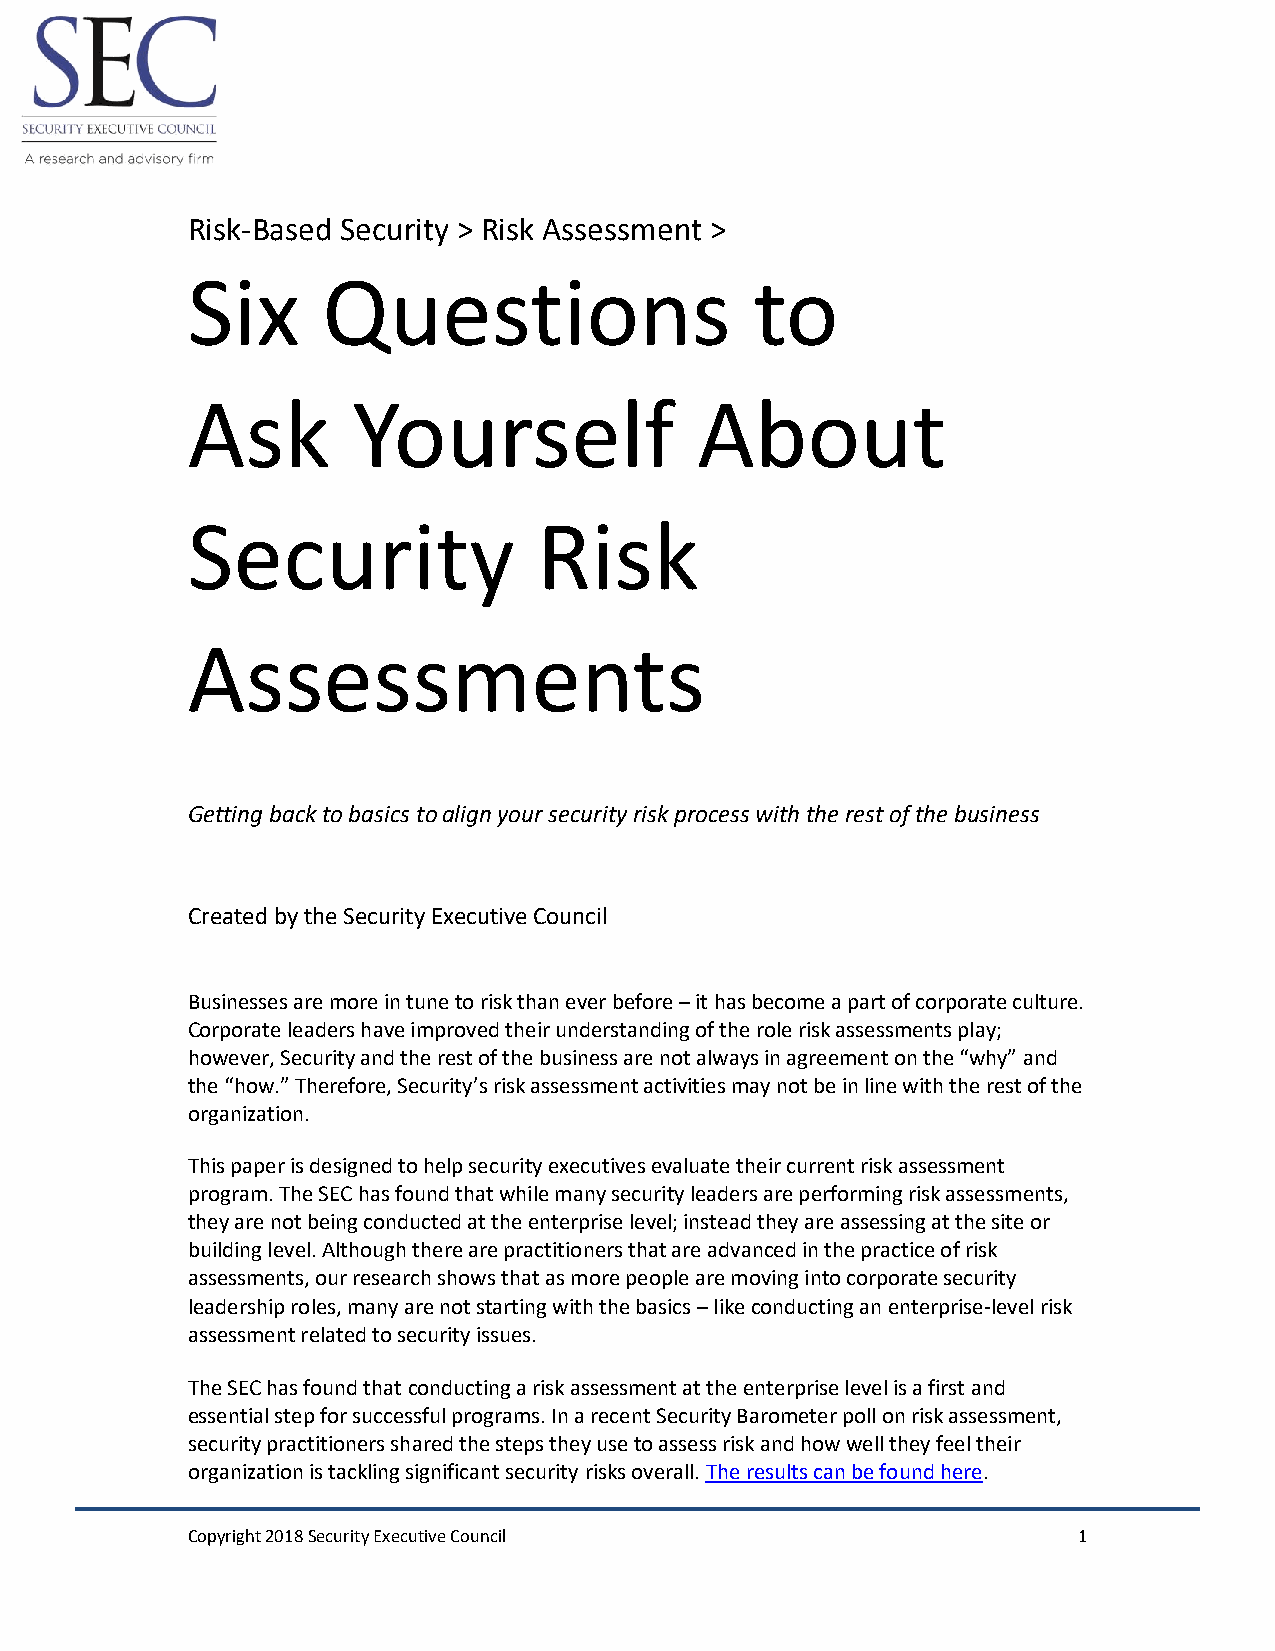
Risk-Based Security > Risk Assessment >
 Six      Questions                    to
 Ask        Yourself               About
 Security                Risk
 Assessments
 Getting back to basics to align your security risk process with the rest of the business
 Created by the Security Executive Council
 Businesses are more in tune to risk than ever before – it has become a part of corporate culture.
 Corporate leaders have improved their understanding of the role risk assessments play;
 however, Security and the rest of the business are not always in agreement on the “why” and
 the “how.” Therefore, Security’s risk assessment activities may not be in line with the rest of the
 organization.
 This paper is designed to help security executives evaluate their current risk assessment
 program. The SEC has found that while many security leaders are performing risk assessments,
 they are not being conducted at the enterprise level; instead they are assessing at the site or
 building level. Although there are practitioners that are advanced in the practice of risk
 assessments, our research shows that as more people are moving into corporate security
 leadership roles, many are not starting with the basics – like conducting an enterprise-level risk
 assessment related to security issues.
 The SEC has found that conducting a risk assessment at the enterprise level is a first and
 essential step for successful programs. In a recent Security Barometer poll on risk assessment,
 security practitioners shared the steps they use to assess risk and how well they feel their
 organization is tackling significant security risks overall. The results can be found here.
 Copyright 2018 Security Executive Council                  1